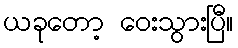
ယခုတော့ ဝေးသွားပြီ။